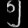
Digit: ၅